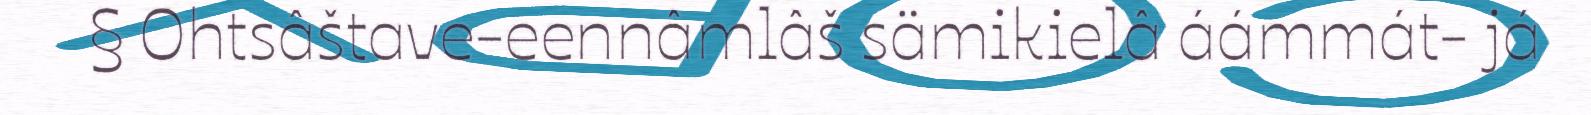
§ Ohtsâštave-eennâmlâš sämikielâ áámmát- já